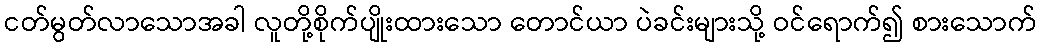
ငတ်မွတ်လာသောအခါ လူတို့စိုက်ပျိုးထားသော တောင်ယာ ပဲခင်းများသို့ ဝင်ရောက်၍ စားသောက်